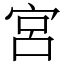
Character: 宮